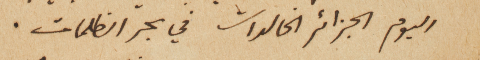
اليوم الجزائر الخالدات في بحر الظلمات.